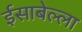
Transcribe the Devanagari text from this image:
ईसाबेल्ला